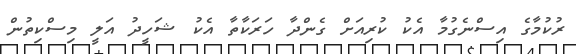
ރުކުމާގެ އިސްނެގުމާ އެކު ކުރިއަށް ގެންދާ ހަރަކާތާ އެކު ޝަހީދު އަލީ މިސްކިތުން